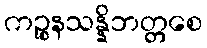
ကဉ္စနသန္နိဘတ္တစေ